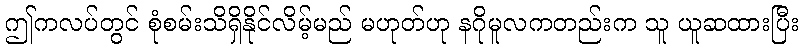
ဤကလပ်တွင် စုံစမ်းသိရှိနိုင်လိမ့်မည် မဟုတ်ဟု နဂိုမူလကတည်းက သူ ယူဆထားပြီး